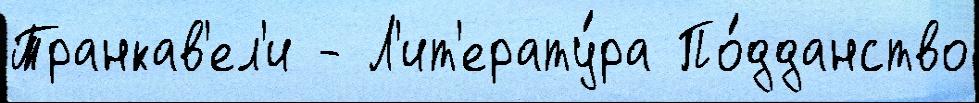
Транкав'ел'и - Л'ит'ерату́ра По́дданство